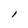
Character: l